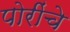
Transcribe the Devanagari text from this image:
पोरींचे